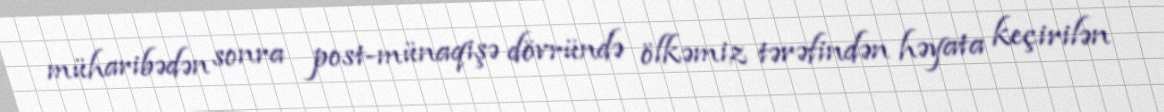
müharibədən sonra post-münaqişə dövründə ölkəmiz tərəfindən həyata keçirilən